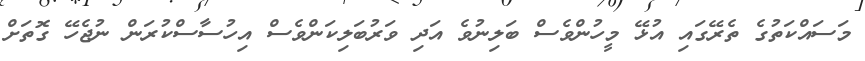
މަސައްކަތުގެ ތެރޭގައި އުޅޭ މީހުންވެސް ބަލިނުވެ އަދި ވަރުބަލިކަންވެސް އިހުސާސްކުރަން ނުޖެހޭ ގޮތަށް